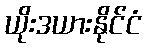
ယိုးဒယားနိုင်ငံ